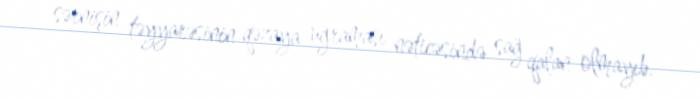
sərnişin təyyarəsinin qəzaya uğraması nəticəsində sağ qalan olmayıb.